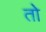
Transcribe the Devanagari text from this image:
तोे